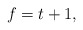
\begin{align*}f = t + 1,\end{align*}